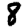
Digit: 8